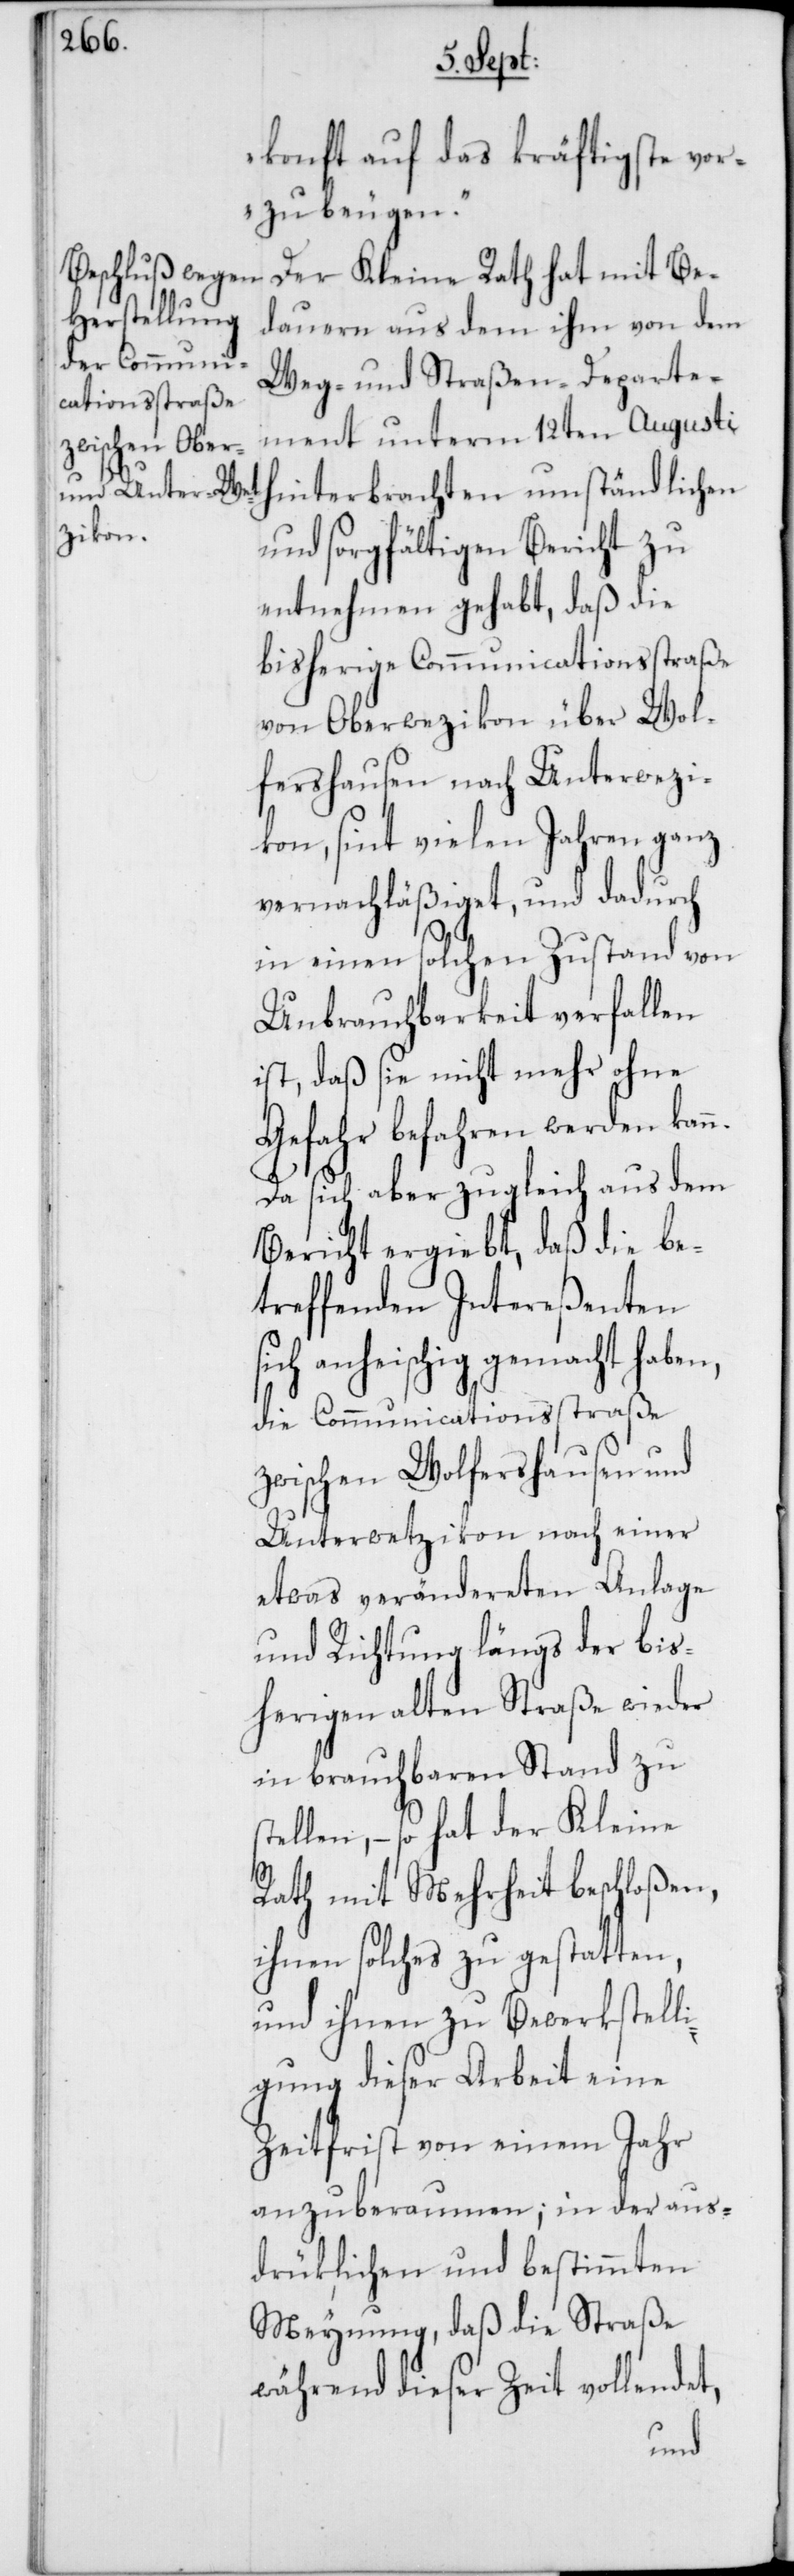
konft auf das kräftigste vor¬
zubeugen.“
Der Kleine Rath hat mit Be¬
dauern aus dem ihm von dem
Weg- und Straßen-Departe¬
ment unterm 12ten Augusti
hinterbrachten umständlichen
und sorgfältigen Bericht zu
entnehmen gehabt, daß die
bisherige Communicationsstraße
lfershausen nach Unterwezi¬
kon, sint vielen Jahren ganz
vernachläßiget, und dadurch
Wo¬
in einen solchen Zustand von
Unbrauchbarkeit verfallen
ist, daß sie nicht mehr ohne
Gefahr befahren werden kan¬
Da sich aber zugleich aus dem
Bericht ergibt, daß die be¬
treffenden Intereßenten
sich anheischig gemacht haben,
die Communicationsstraße
zwischen Wolfershausen und
Unterwetzikon nach einer
etwas verändereten Anlage
und Richtung längs der bis¬
herigen alten Straße wieder
in brauchbaren Stand zu
stellen, – so hat der Kleine
n.
Rath mit Mehrheit beschloßen,
ihnen solches zu gestatten,
und ihnen zu Bewerkstelli¬
gung dieser Arbeit eine
Zeitfrist von einem Jahr
anzuberaumen; in der aus¬
drüklichen und bestimmten
Meynung, daß die Straße
während dieser Zeit vollendet,